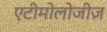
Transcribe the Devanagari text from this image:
एटीमोलोजीज़